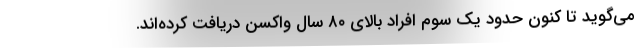
می‌گوید تا کنون حدود یک سوم افراد بالای ۸۰ سال واکسن دریافت کرده‌اند.